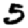
Digit: 5